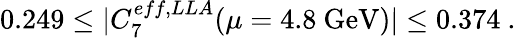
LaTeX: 0.249\leq\vert C_{7}^{eff,LLA}(\mu=4.8~\mathrm{GeV})\vert\leq 0.374~.